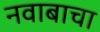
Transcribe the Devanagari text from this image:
नवाबाचा